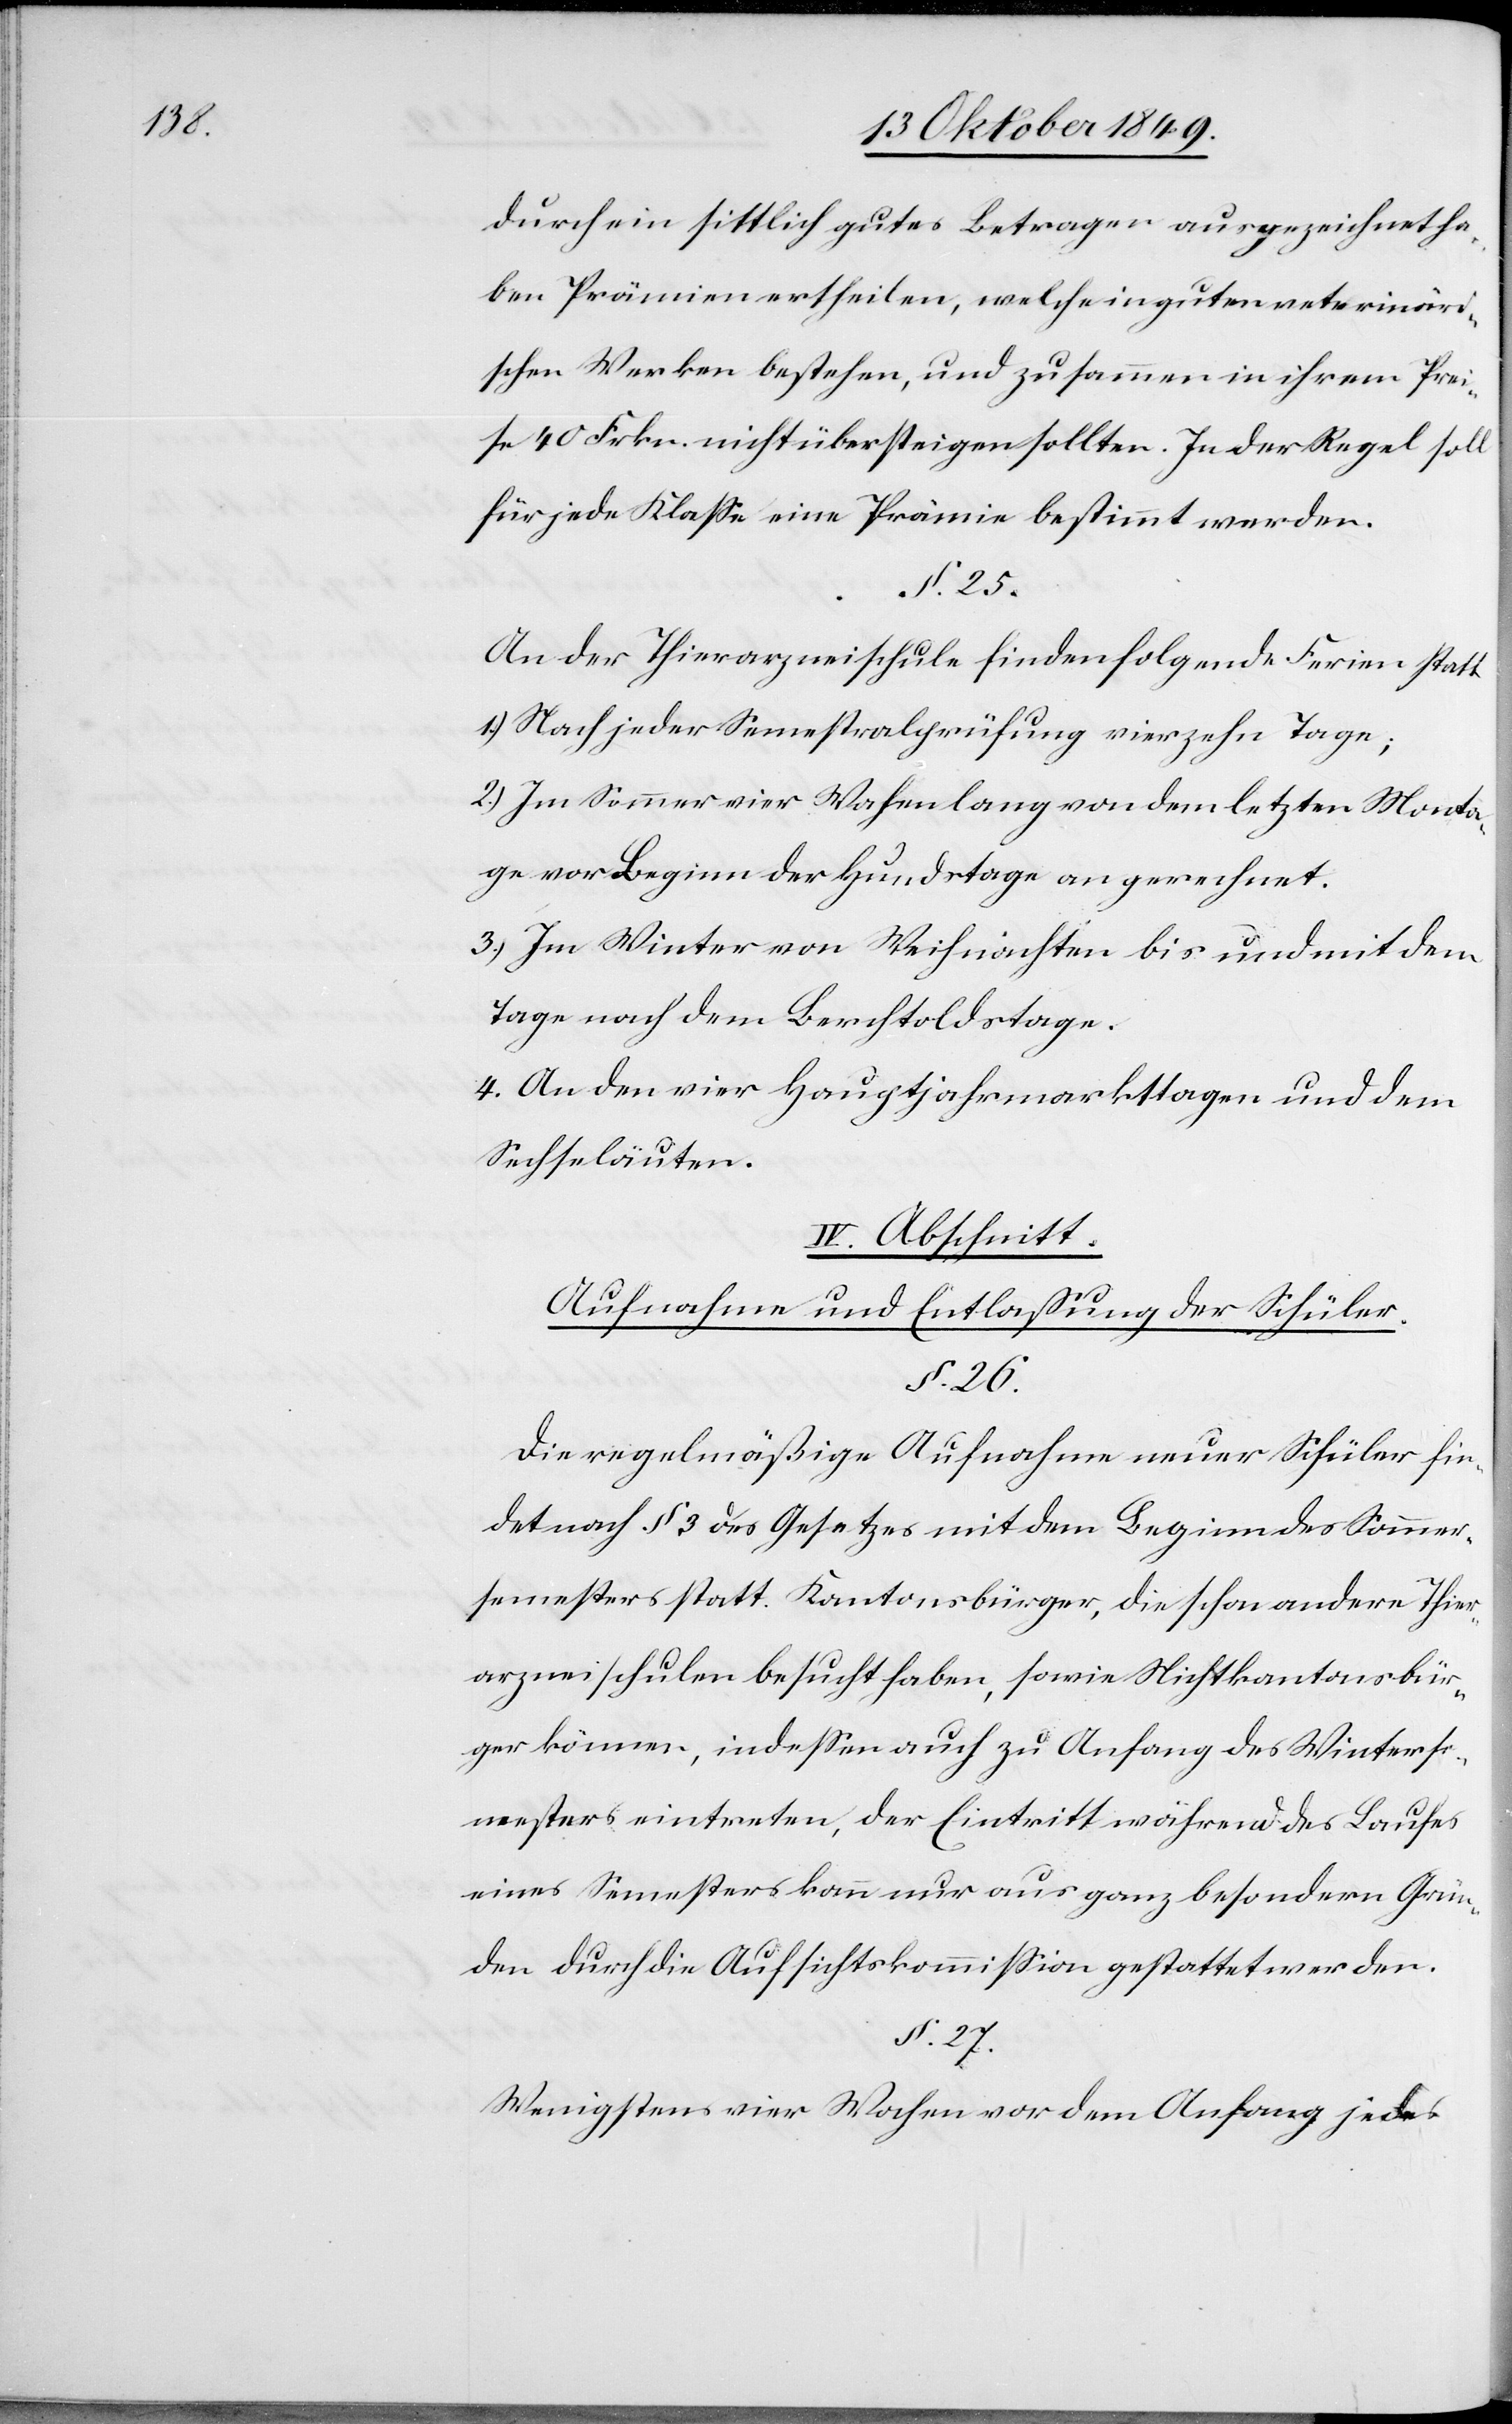
25.

durch ein sittlich gutes Benehmen ausgezeichnet ha¬
ben Prämien vertheilen, welche in guten veterinäri¬
schen Werken bestehen, und zusammen in ihrem Prei¬
se 40 Frkn. nicht übersteigen sollten. In der Regel soll
für jede Klaße eine Prämie bestimmt werden.
An der Thierarzneischule finden folgende Ferien statt
1.) Nach jeder Semestralprüfung vierzehn Tage;
2.) Im Sommer vier Wochen lang von dem letzten Monta¬
ge vor Beginn der Hundstage an gerechnet.
3.) Im Winter von Weihnachten bis und mit dem
Tage nach dem Berchtoldstage.
4. An den vier Hauptjahresmarkttagen und dem
Sechseläuten.
IV. Abschnitt.
Aufnahme und Entlaßung der Schüler.
§. 26.
Die regelmäßige Aufnahme neuer Schüler fin¬
det nach § 3 des Gesetzes mit dem Beginn des Sommer¬
semesters statt. Kantonsbürger, die schon andere Thier¬
arzneischulen besucht haben, sowie Nichtkantonsbür¬
ger können, indeßen auch zu Anfang des Winterse¬
mesters eintreten, der Eintritt während des Laufes
eines Semesters kann nur aus ganz besondern Grün¬
den durch die Aufsichtskommißion gestattet werden.
§ 27.
Wenigstens vier Wochen vor dem Anfang jedes